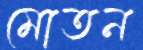
মোতন